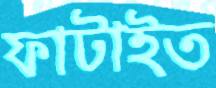
ফাটাইত